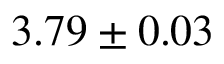
3 . 7 9 \pm 0 . 0 3